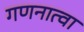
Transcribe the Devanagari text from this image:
गणनात्वा